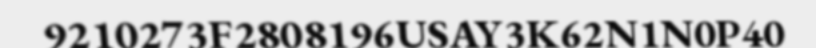
9210273F2808196USAY3K62N1N0P40